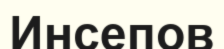
Инсепов